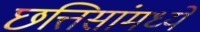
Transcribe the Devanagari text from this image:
छत्तिसांमध्ये